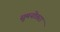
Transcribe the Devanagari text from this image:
सुमनोत्तरा